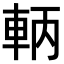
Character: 𨋣